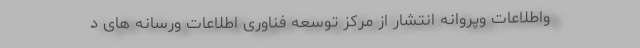
واطلاعات وپروانه انتشار از مرکز توسعه فناوری اطلاعات ورسانه های د